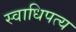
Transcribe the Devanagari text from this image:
स्वाधिपत्य